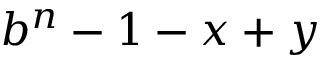
b ^ { n } - 1 - x + y